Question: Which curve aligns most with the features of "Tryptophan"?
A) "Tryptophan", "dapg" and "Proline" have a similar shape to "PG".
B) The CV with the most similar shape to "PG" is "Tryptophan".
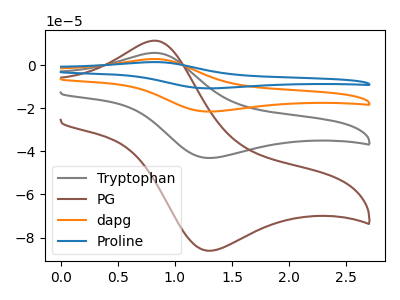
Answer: <think>The gray curve "Tryptophan" has an anodic peak at (0.85V, 5.70uA) and a cathodic peak at (1.30V, -43.05uA). The brown curve "PG" has an anodic peak at (0.85V, 11.35uA) and a cathodic peak at (1.30V, -86.10uA). The orange curve "dapg" has an anodic peak at (0.85V, 11.35uA) and a cathodic peak at (1.30V, -86.15uA). The blue curve "Proline" has an anodic peak at (0.85V, 17.05uA) and a cathodic peak at (1.30V, -129.20uA).
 All the peaks in "Tryptophan" have a peak in "PG" at the same potential. Every peak in "Tryptophan" is lower than every peak in "PG". All the peaks in "Tryptophan" have a peak in "dapg" at the same potential. Every peak in "Tryptophan" is lower than every peak in "dapg". All the peaks in "Tryptophan" have a peak in "Proline" at the same potential. Every peak in "Tryptophan" is lower than every peak in "Proline". All the peaks in "PG" have a peak in "dapg" at the same potential. Every peak in "PG" is lower than every peak in "dapg". All the peaks in "PG" have a peak in "Proline" at the same potential. Every peak in "PG" is lower than every peak in "Proline". All the peaks in "dapg" have a peak in "Proline" at the same potential. Every peak in "dapg" is lower than every peak in "Proline".</think>
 <answer>A) "Tryptophan", "dapg" and "Proline" have a similar shape to "PG".</answer>
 <eval>A</eval>